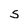
Character: S